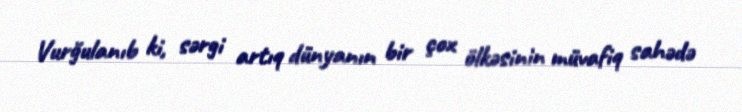
Vurğulanıb ki, sərgi artıq dünyanın bir çox ölkəsinin müvafiq sahədə